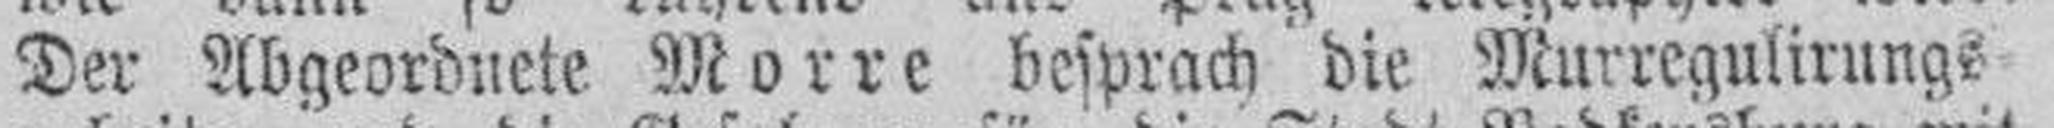
Der Abgeordnete Morre besprach die Murregulirungs